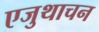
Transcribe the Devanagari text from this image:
एजुथाचन